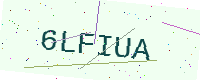
Text: 6LFIUA